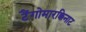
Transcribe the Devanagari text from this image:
टैंगोमारक्किनाट